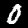
Label: 0